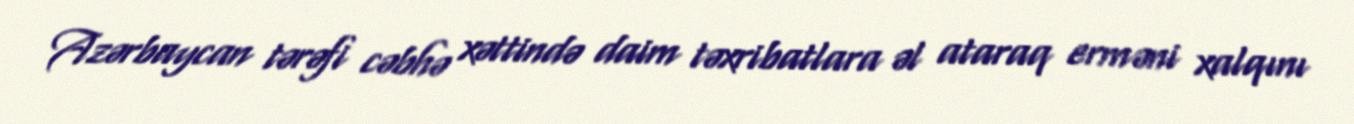
Azərbaycan tərəfi cəbhə xəttində daim təxribatlara əl ataraq erməni xalqını